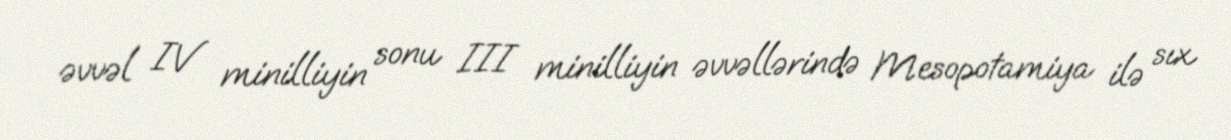
əvvəl IV minilliyin sonu III minilliyin əvvəllərində Mesopotamiya ilə sıx